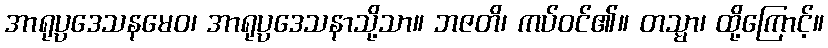
အာရုပ္ပဒေသနမေဝ၊ အာရုပ္ပဒေသနာသို့သာ။ ဘဇတိ၊ ကပ်ဝင်၏။ တသ္မာ၊ ထို့ကြောင့်။